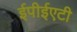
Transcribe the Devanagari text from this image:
ईपीईएटी